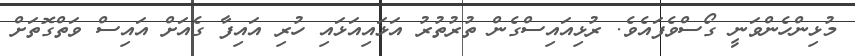
މުޅިންހެންވަނީ ގޯސްވެފައެވެ. ރުޅިއައިސްގެން ތުރުތުރު އަޅައިއަޅައި ހުރި އައިފާ ގެއަށް އައިސް ވަތްގޮތަށް